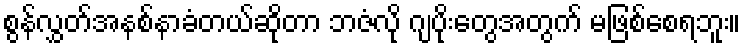
စွန်လွှတ်အနစ်နာခံတယ်ဆိုတာ ဘဇံလို ဂျပိုးတွေအတွက် မဖြစ်စေရဘူး။